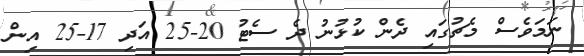
ނަމަވެސް މެޗުގައި ދެން ކުޅުނު ދެ ސެޓު 20-25 އަދި 17-25 އިން